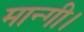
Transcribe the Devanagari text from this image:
मान्गी।